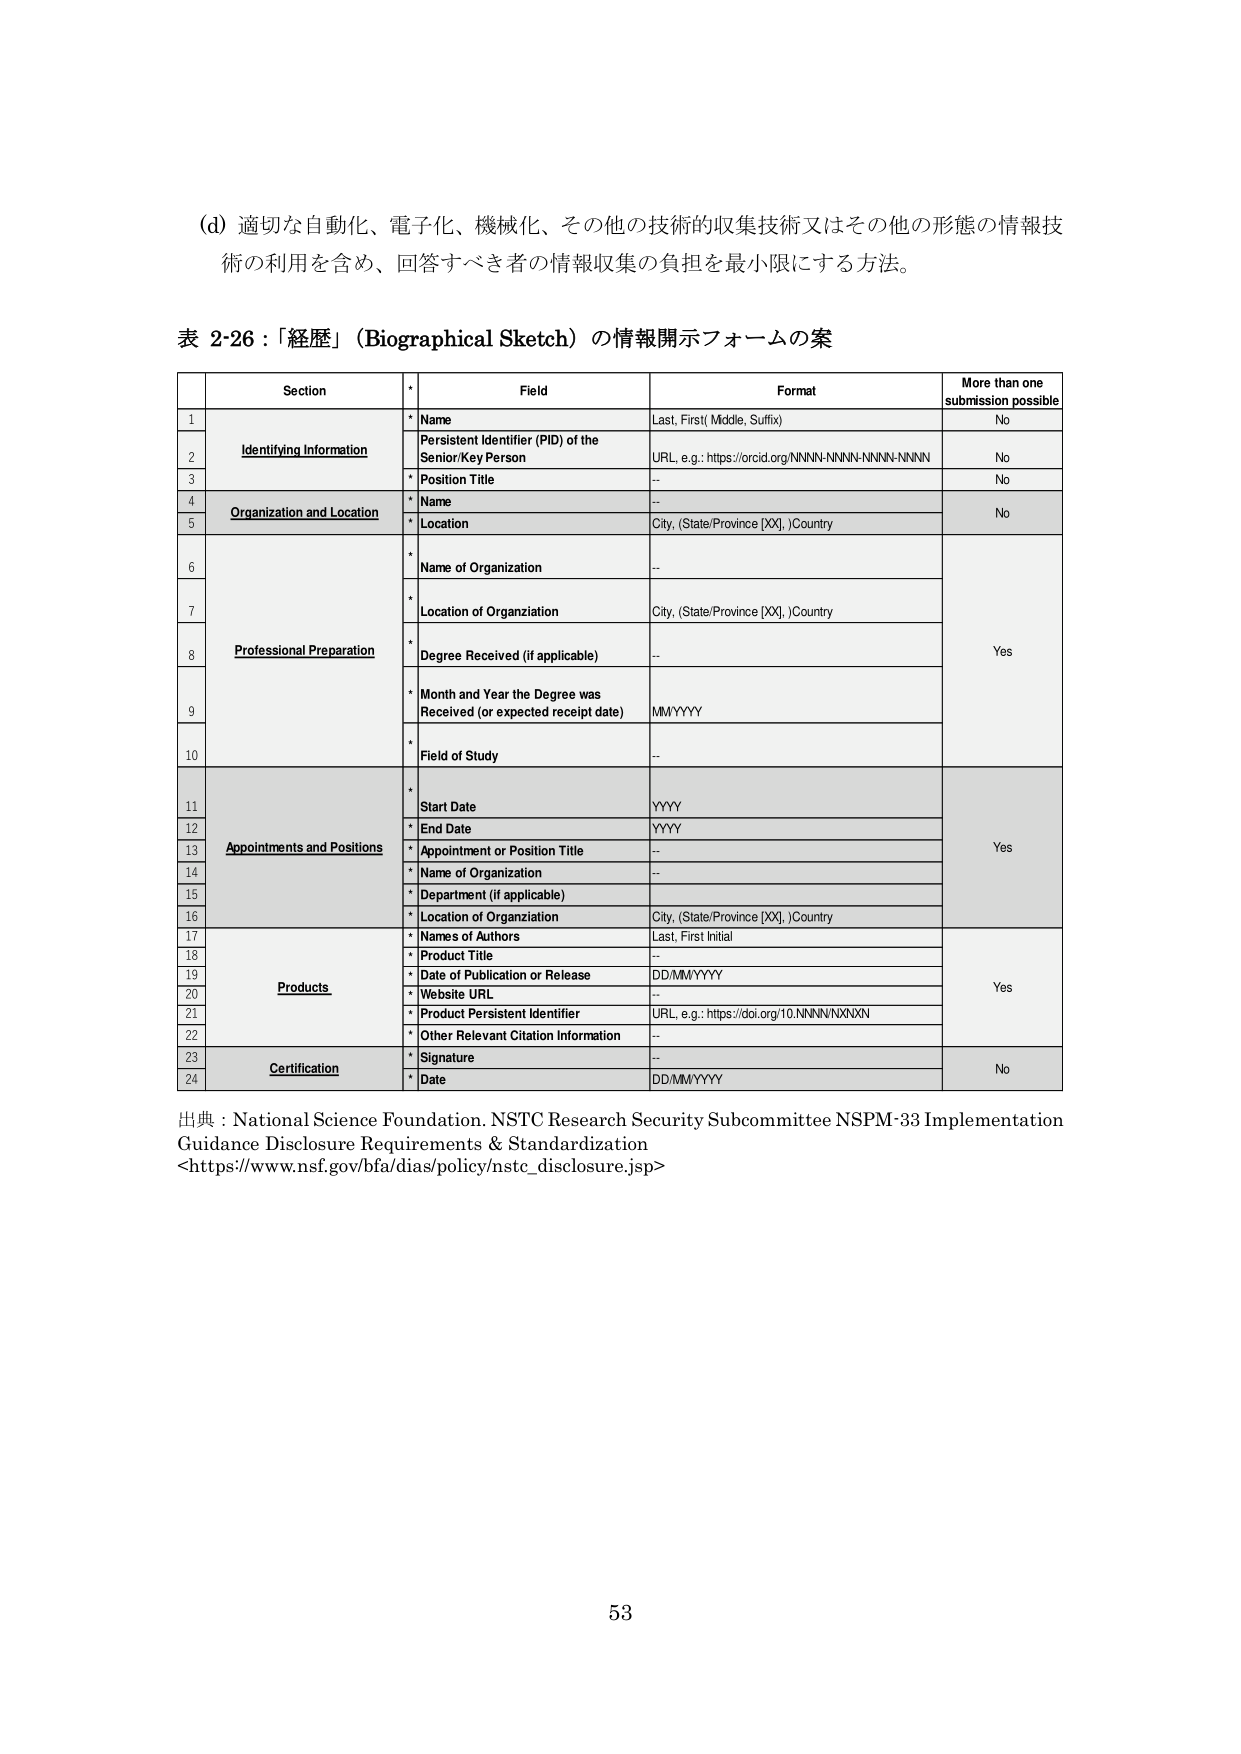
(d) 適切な自動化、電子化、機械化、その他の技術的収集技術又はその他の形態の情報技術の利用を含め、回答すべき者の情報収集の負担を最小限にする方法。

表 2-26：「経歴」（Biographical Sketch）の情報開示フォームの案

| | Section | * | Field | Format | More than one submission possible |
|---|---|---|---|---|---|
| 1 | | * | Name | Last, First (Middle, Suffix) | No |
| 2 | Identifying Information | | Persistent Identifier (PID) of the Senior/Key Person | URL, e.g.: https://orcid.org/NNNN-NNNN-NNNN-NNNN | No |
| 3 | | * | Position Title | -- | No |
| 4 | Organization and Location | * | Name | -- | No |
| 5 | | * | Location | City, (State/Province [XX], )Country | |
| 6 | | * | Name of Organization | -- | Yes |
| 7 | | * | Location of Organization | City, (State/Province [XX], )Country | |
| 8 | Professional Preparation | * | Degree Received (if applicable) | -- | |
| 9 | | * | Month and Year the Degree was Received (or expected receipt date) | MM/YYYY | |
| 10 | | * | Field of Study | -- | |
| 11 | Appointments and Positions | * | Start Date | YYYY | Yes |
| 12 | | * | End Date | YYYY | |
| 13 | | * | Appointment or Position Title | -- | |
| 14 | | * | Name of Organization | -- | |
| 15 | | * | Department (if applicable) | -- | |
| 16 | | * | Location of Organization | City, (State/Province [XX], )Country | |
| 17 | Products | * | Names of Authors | Last, First Initial | Yes |
| 18 | | * | Product Title | -- | |
| 19 | | * | Date of Publication or Release | DD/MM/YYYY | |
| 20 | | * | Website URL | -- | |
| 21 | | * | Product Persistent Identifier | URL, e.g.: https://doi.org/10.NNNNNNNNNN | |
| 22 | | * | Other Relevant Citation Information | -- | |
| 23 | Certification | * | Signature | -- | No |
| 24 | | * | Date | DD/MM/YYYY | |

出典：National Science Foundation. NSTC Research Security Subcommittee NSPM-33 Implementation Guidance Disclosure Requirements & Standardization <https://www.nsf.gov/bfa/dias/policy/nstc_disclosure.jsp>

53